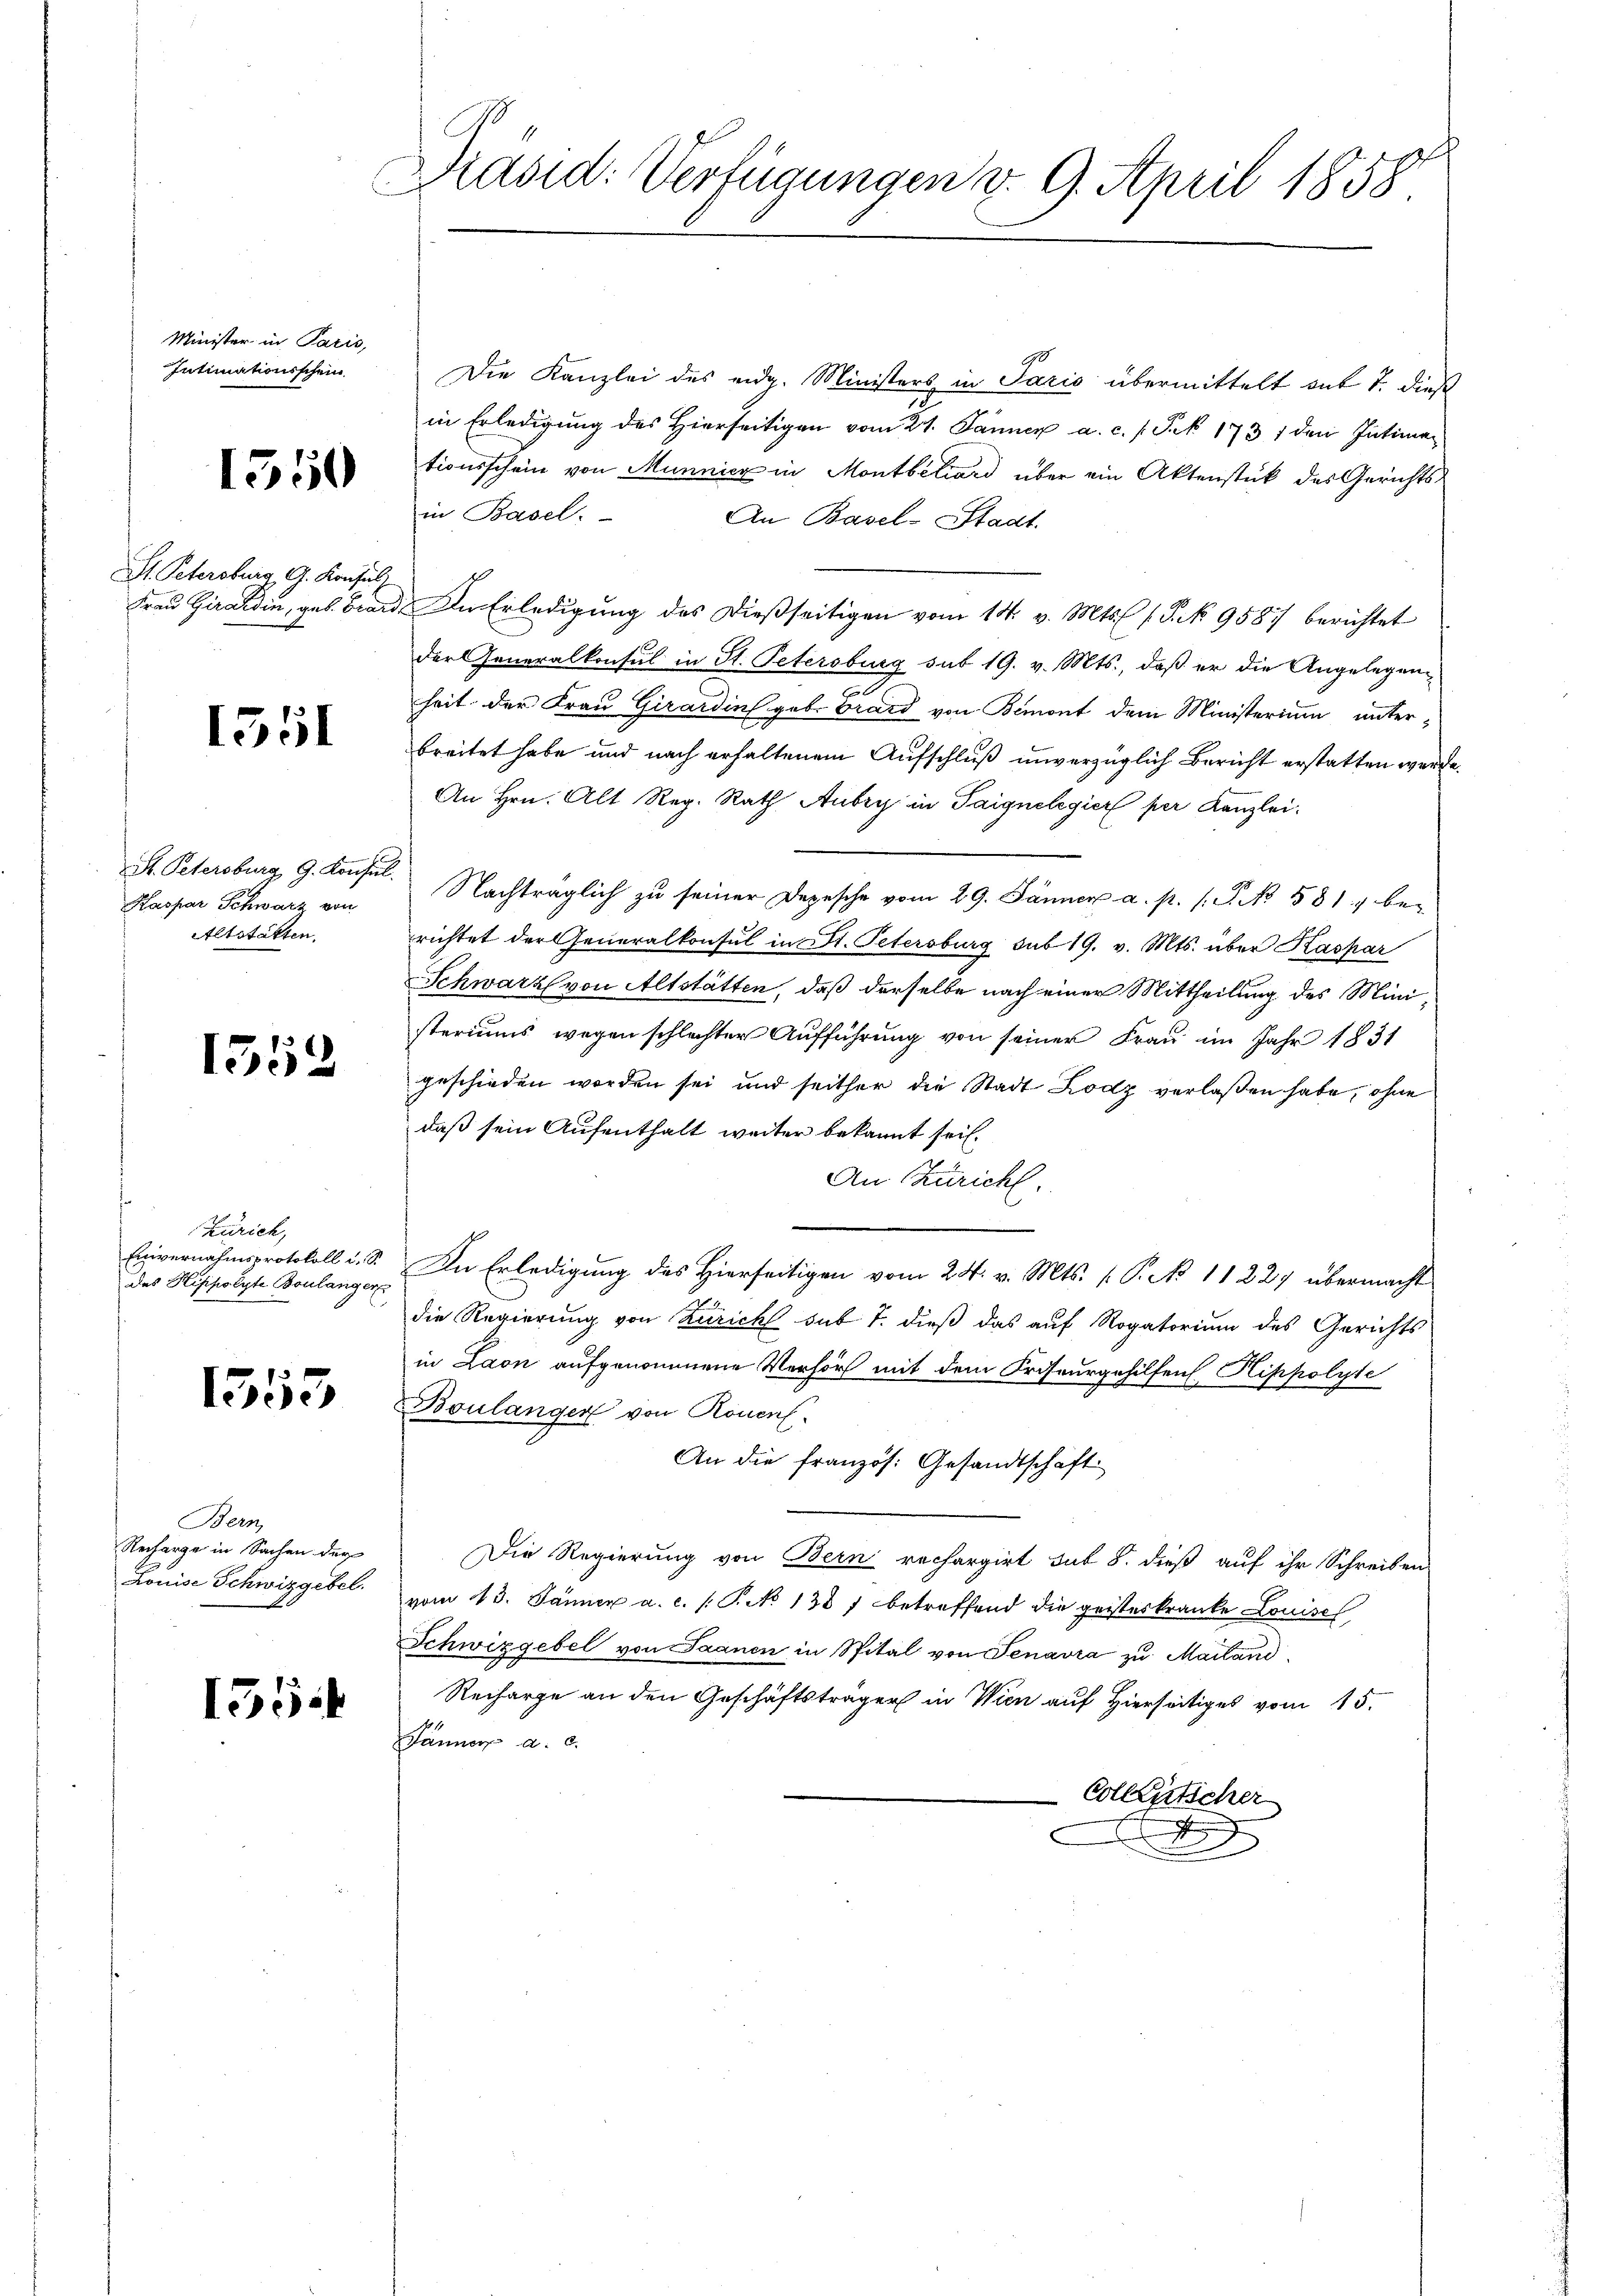
Minister in Paris,
Intimationsschein

1550

St. Petersburg, G. Konsul

1551

Kaspar Schwarz von
Altstatten.

1552

Zürich,
Einvernahmsprotokoll u. S.
des Hippolyte Boulanger

1553

Bern,
Recharge in Sachen der
Louise Schwizgebel.

155.

Dräsid: Verfügungen v. 9. April 1858

Die Kanzlei des eidg. Ministers in Paris übermittelt mit 7. dieß
in Erledigung des Hierseitigen vom 24. Jänner a. c. s. Sek 1731 den Intiman
tionsschein von Munnicz in Montbiliard über ein Aktenstück des Gerichts-
in Basel.
An Basel-Stadt.
Frau Girardin, geb. Brand. In Erledigung des dießseitigen vom 14. v. Mts. (T. No 9581) berichtet
der Generalkonsul in St. Petersburg sub 19. v. Mts., daß er die Angelegenheit der Frau Girardin geb. Grard von Bemont dem Ministerium unterbreitet habe und nach erhaltenem Aufschluß unverzüglich Bericht erstatten werde.
An Hrn. Alt Reg. Rath Aubry in Paignelegier per Kanzlei¬
S. Petersburg G. Konsil. Nachträglich zu seiner Depesche vom 29. Jänner a. p. s. S. 581, be-
richtet der Generalkonsul in St. Petersburg sub 19. v. Mts. über Kaspar
Schwarz von Altstätten, daß derselbe nach einer Mittheilung des Ministeriums wegen schlechter Aufführung von seiner Frau im Jahr 1831
geschieden worden sei und seither die Stadt Lodz verlaßen habe, ohne
daß sein Aufenthalt weiter bekannt sei.
An Züricht.
u
p
In Erledigung des Hierseitigen vom 24. v. Mts. ( P. No 11 227 übermacht
die Regierung von Zürich sub 7. dieß das auf Rogatorium des Gerichts
in Laon aufgenommene Verhört mit dem Kriseurgehilfen. Hippolyte
Boulanger von Rouenf
An die französ. Gesandtschaft
Die Regierung von Bern rechargirt sit 8. dieß auf ihr Schreiben
vom 13. Jänner a.c. (T. No 1387 betreffend die geisteskranke Louisch
Schwizgebel von Saanen in Spital von Fenavra zu Maitand
Recharge an den Geschäftsträger in Wien auf Hierseitige vom 15.
Jänner a. c.
Colleutscher
2